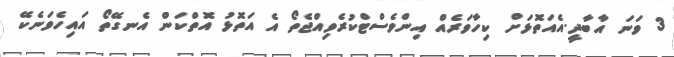
3 ވަނަ އާބާދީ.އެއަތޮޅަށް ކިހާވަރެއް އިންވެސްޓްކުރެވިއްޖެތޯ އެ އަތޮޅު އޮތްކަން އެނގޭތޯ އައިހެވަނެކޭ